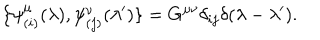
\{ \psi _ { ( i ) } ^ { \mu } ( \lambda ) , \psi _ { ( j ) } ^ { \nu } ( \lambda ^ { \prime } ) \} = G ^ { \mu \nu } \delta _ { i j } \delta ( \lambda - \lambda ^ { \prime } ) .